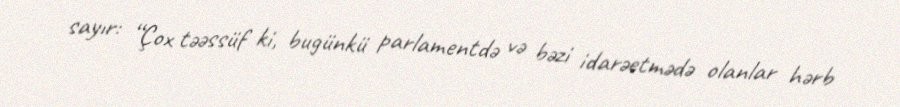
sayır: “Çox təəssüf ki, bugünkü parlamentdə və bəzi idarəetmədə olanlar hərb